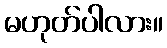
မဟုတ်ပါလား။